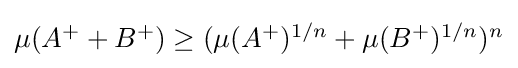
{\textstyle \mu (A^{+}+B^{+})\geq (\mu (A^{+})^{1/n}+\mu (B^{+})^{1/n})^{n}}